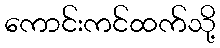
ကောင်းကင်ထက်သို့